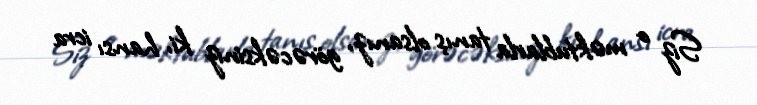
Siz o məktublarla tanış olsanız, görəcəksiniz ki, hansı icra